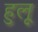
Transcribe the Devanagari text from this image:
हुलू